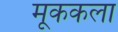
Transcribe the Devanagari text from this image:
मूककला